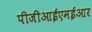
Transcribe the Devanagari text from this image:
पीजीआईएमईआर